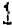
1